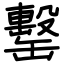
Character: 罊